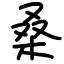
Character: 桑